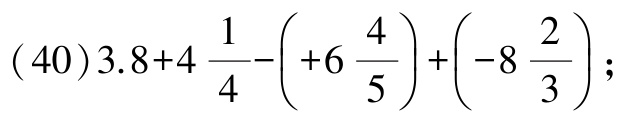
\((40)3.8 + 4\frac{1}{4}-\left(+6\frac{4}{5}\right)+\left(-8\frac{2}{3}\right);\)